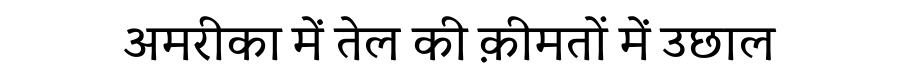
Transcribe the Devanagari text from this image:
अमरीका में तेल की क़ीमतों में उछाल